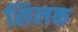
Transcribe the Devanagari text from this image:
सिलक